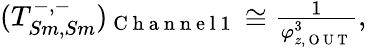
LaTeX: \begin{array}{r}{(T_{Sm,Sm}^{-,-})_{\mathrm{~C~h~a~n~n~e~l~1~}}\cong\frac{1}{\varphi_{z,\mathrm{~O~U~T~}}^{3}},}\end{array}